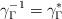
LaTeX: \begin{align*}\gamma_{\Gamma}^{-1}=\gamma_{\Gamma}^{*}\end{align*}